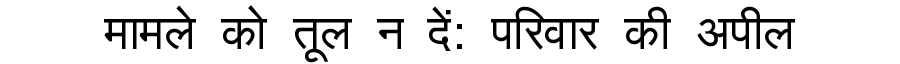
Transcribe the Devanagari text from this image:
मामले को तूल न दें: परिवार की अपील